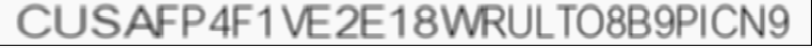
CUSAFP4F1VE2E18WRULTO8B9PICN9